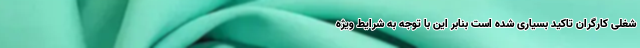
شغلی کارگران تاکید بسیاری شده است بنابر این با توجه به شرایط ویژه